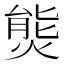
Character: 熋